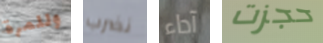
وللمرة نضرب آداء حجزت